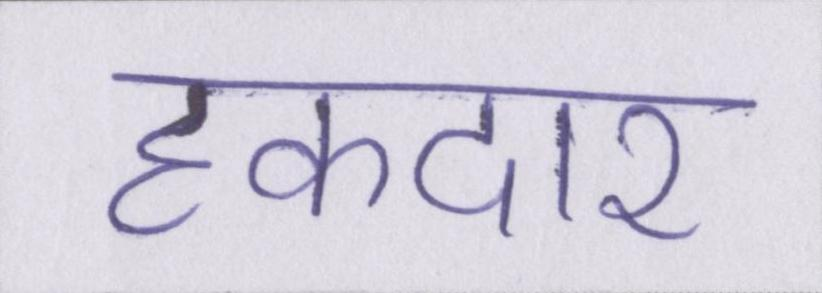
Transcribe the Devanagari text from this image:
हकदार